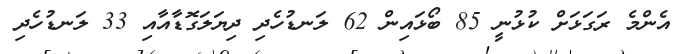
އެންމެ ރަގަޅަށް ކުޅުނީ 85 ބޯޅައިން 62 ލަނޑުހެދި ދިޔަލަގޮޑާއާއި 33 ލަނޑުހެދި